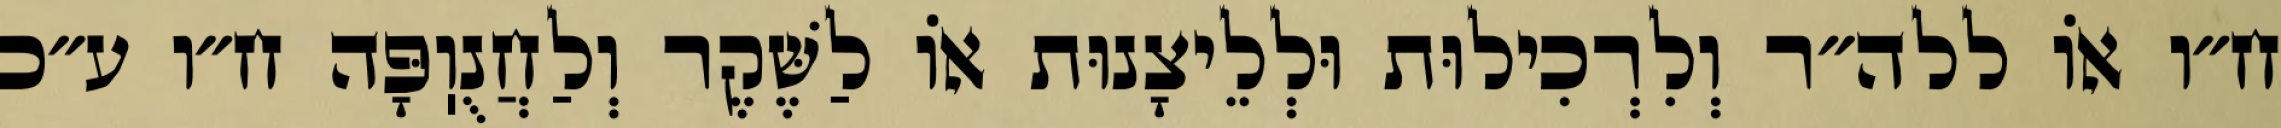
ח״ו אוֹ ללה״ר וְלִרְכִילוּת וּלְלֵיצָנוּת אוֹ לַשֶּׁקֶר וְלַחֲנֻוֽפָּה ח״ו ע״כ